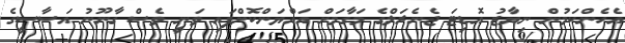
އެހެންކަމުން ނިޔާޒު އޮޑިޓަ ޖެނެރަލްގެ މަގާމަށް އައްޔަންކޮށްފައި ވަނީ ވެސް ގާނޫނު އަސާސީގެ